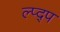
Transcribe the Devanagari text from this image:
ल्प्द्प